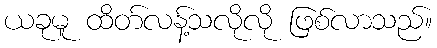
ယခုမူ ထိတ်လန့်သလိုလို ဖြစ်လာသည်။